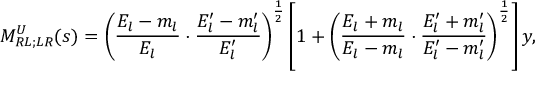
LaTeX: M _ { R L ; L R } ^ { U } ( s ) = \left( \frac { E _ { l } - m _ { l } } { E _ { l } } \cdot \frac { E _ { l } ^ { \prime } - m _ { l } ^ { \prime } } { E _ { l } ^ { \prime } } \right) ^ { \frac { 1 } { 2 } } \left[ 1 + \left( \frac { E _ { l } + m _ { l } } { E _ { l } - m _ { l } } \cdot \frac { E _ { l } ^ { \prime } + m _ { l } ^ { \prime } } { E _ { l } ^ { \prime } - m _ { l } ^ { \prime } } \right) ^ { \frac { 1 } { 2 } } \right] y ,